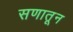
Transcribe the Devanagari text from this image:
सणातून